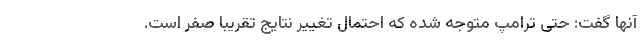
آنها گفت: حتی ترامپ متوجه شده که احتمال تغییر نتایج تقریبا صفر است.